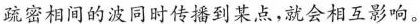
疏密相间的波同时传播到某点，就会相互影响。